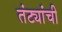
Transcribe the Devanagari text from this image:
तंट्यांची